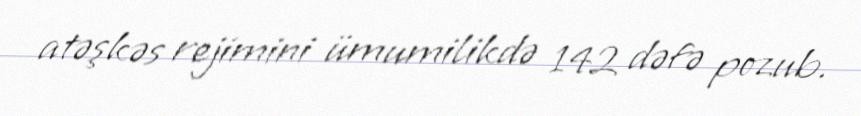
atəşkəs rejimini ümumilikdə 142 dəfə pozub.